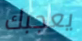
يعجبك